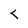
Character: T